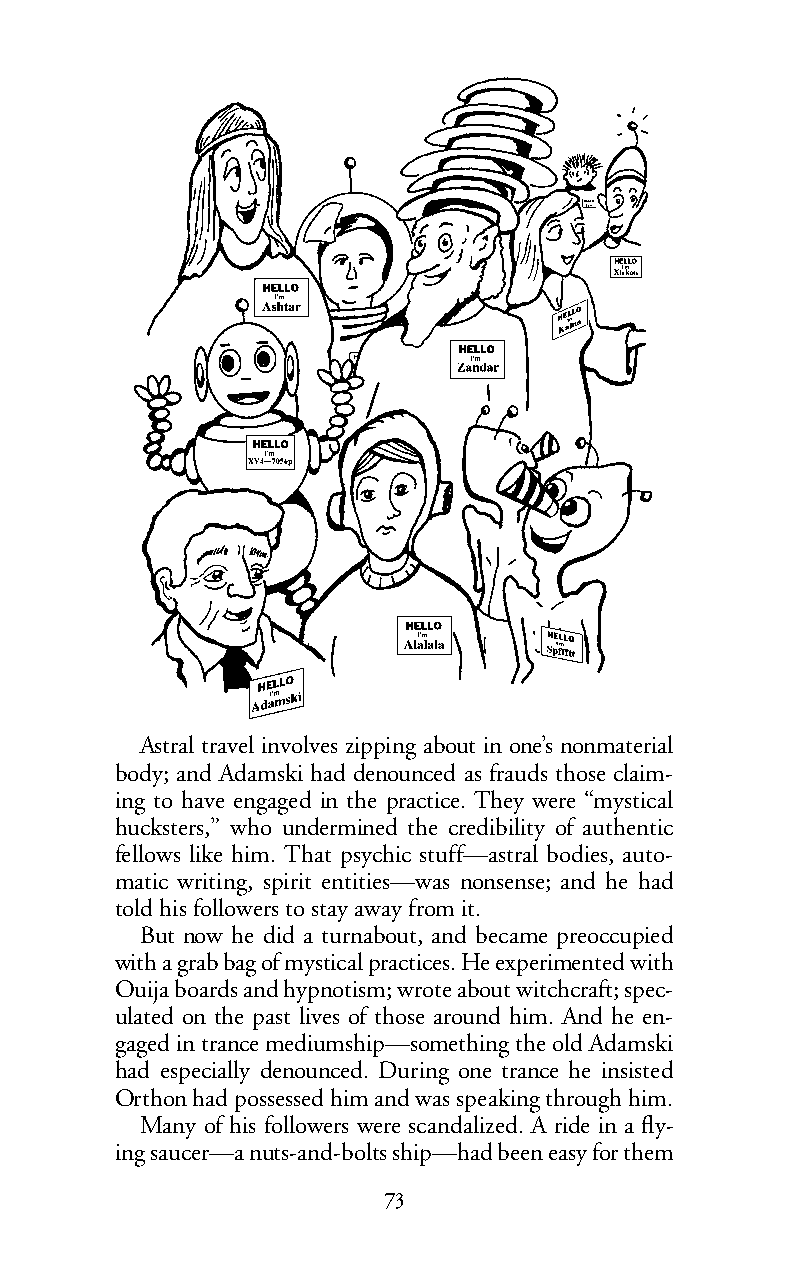
Astral travel involves zipping about in one’s nonmaterial
 body; and Adamski had denounced as frauds those claim-
 ing to have engaged in the practice. They were “mystical
 hucksters,” who undermined the credibility of authentic
 fellows like him. That psychic stuff—astral bodies, auto-
 matic writing, spirit entities—was nonsense; and he had
 told his followers to stay away from it.
 But now he did a turnabout, and became preoccupied
 with a grab bag of mystical practices. He experimented with
 Ouija boards and hypnotism; wrote about witchcraft; spec-
 ulated on the past lives of those around him. And he en-
 gaged in trance mediumship—something the old Adamski
 had especially denounced. During one trance he insisted
 Orthon had possessed him and was speaking through him.
 Many of his followers were scandalized. A ride in a fly-
 ing saucer—a nuts-and-bolts ship—had been easy for them
 